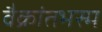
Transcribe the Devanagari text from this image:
वैक्रांतभस्म